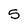
Character: 5